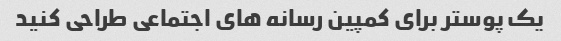
یک پوستر برای کمپین رسانه های اجتماعی طراحی کنید